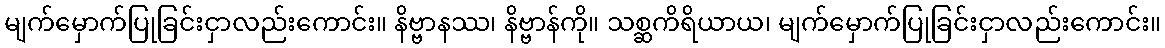
မျက်မှောက်ပြုခြင်းငှာလည်းကောင်း။ နိဗ္ဗာနဿ၊ နိဗ္ဗာန်ကို။ သစ္ဆကိရိယာယ၊ မျက်မှောက်ပြုခြင်းငှာလည်းကောင်း။